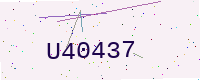
Text: U40437